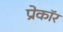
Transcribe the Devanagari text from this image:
प्रेकॉर